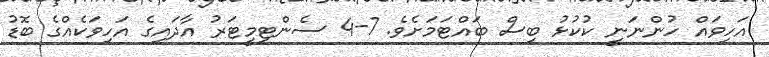
އަހިވައް ހުންނަނީ ކުކުޅު ބިސް ބައްޓަމަށެވެ. 7-4 ސެންޓިމީޓަރު އާދައިގެ އަހިވަކެއްގެ ބޮޑު